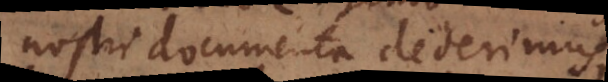
nostri documenta dederimus,